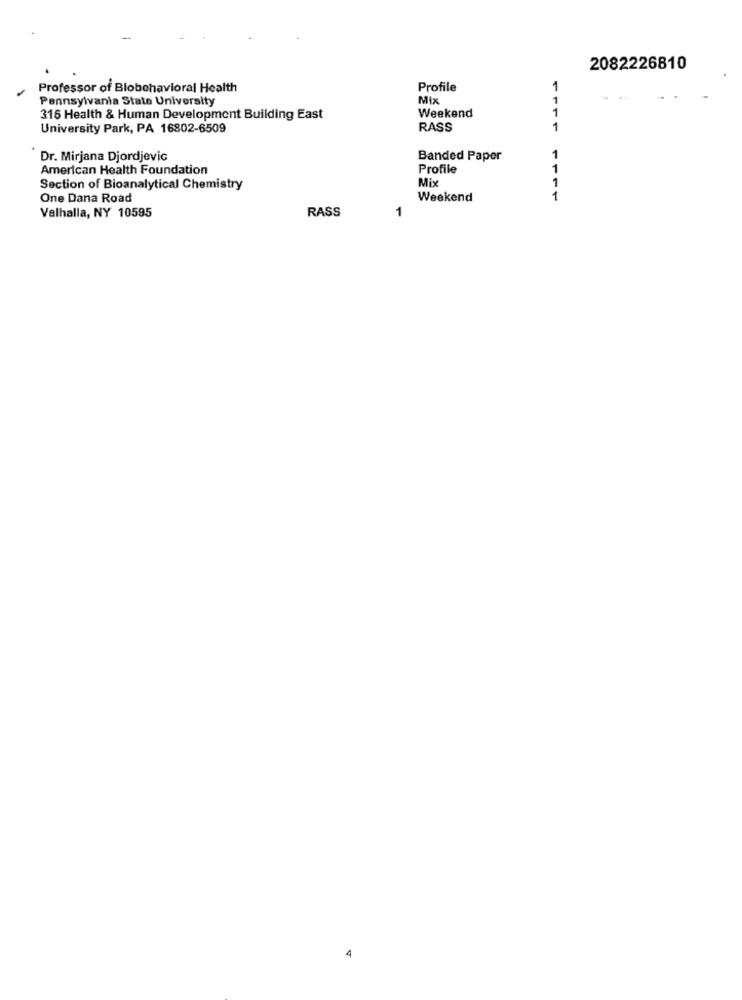
2082226810
Professor of Blobehavioral Health
Profile
Pennsylvania State University
Mix
316 Health & Human Development Building East
Weekend
University Park, PA 16802-6509
RASS
Dr. Mirjana Djordjevic
Banded Paper
American Health Foundation
Profile
1
Mix
1
Section of Bioanalytical Chemistry
One Dana Road
Weekend
1
RASS
1
Valhalla, NY 10595